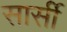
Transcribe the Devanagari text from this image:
सार्सी